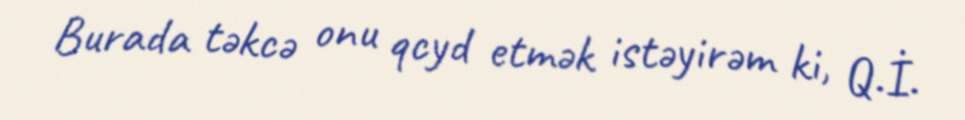
Burada təkcə onu qcyd etmək istəyirəm ki, Q.İ.